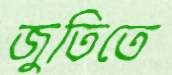
জুতিতে